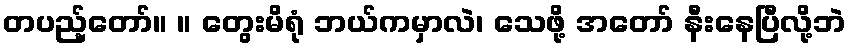
တပည့်တော်။ ။ တွေးမိရုံ ဘယ်ကမှာလဲ၊ သေဖို့ အတော် နီးနေပြီလို့ဘဲ